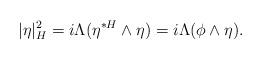
LaTeX: \begin{align*} |\eta|_H^2=i\Lambda(\eta^{\ast H}\wedge\eta)=i\Lambda(\phi\wedge\eta).\end{align*}